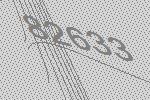
82633